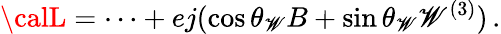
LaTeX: {\calL}=\cdots+ej(\cos\theta_{\mathscr{W}}B+\sin\theta_{\mathscr{W}}\mathscr{W}^{(3)})\, .